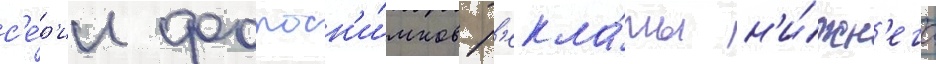
с'е́р'ии фотосн'и́мков р'екла́мы н'и́жн'его